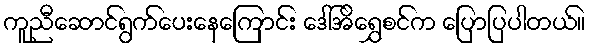
ကူညီဆောင်ရွက်ပေးနေကြောင်း ဒေါ်အိရွှေစင်က ပြောပြပါတယ်။